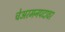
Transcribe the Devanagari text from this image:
चेअरमनपदावर